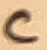
Text: C